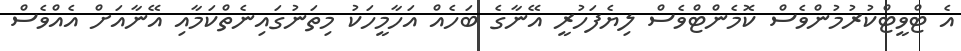
އެ ޓްވީޓްކުރުމުންވެސް ކޮމެންޓްވެސް ލިޔެފަހުރީ އޭނާގެ ބަހެއް އަހާމީހަކު މިތަނުގައިނެތްކަމާއި އޭނާއަށް އެއްވެސް